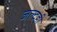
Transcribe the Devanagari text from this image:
जल्दही